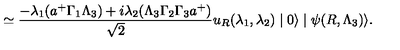
\simeq \frac { - \lambda _ { 1 } ( a ^ { + } \Gamma _ { 1 } \Lambda _ { 3 } ) + i \lambda _ { 2 } ( \Lambda _ { 3 } \Gamma _ { 2 } \Gamma _ { 3 } a ^ { + } ) } { \sqrt { 2 } } u _ { R } ( \lambda _ { 1 } , \lambda _ { 2 } ) \mid 0 \rangle \mid \psi ( R , \Lambda _ { 3 } ) \rangle .